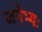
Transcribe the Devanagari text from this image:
जनेभ्यः